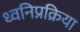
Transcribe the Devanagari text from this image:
ध्वनिप्रक्रिया